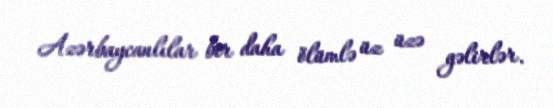
Azərbaycanlılar bir daha ölümlə üz üzə gəlirlər.